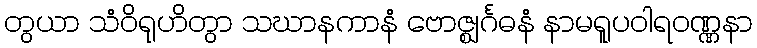
တွယာ သံဝိရုဟိတွာ သဃာနကာနံ ဗောဇ္ဈင်္ဂဓနံ နာမရူပဝါရဝဏ္ဏနာ